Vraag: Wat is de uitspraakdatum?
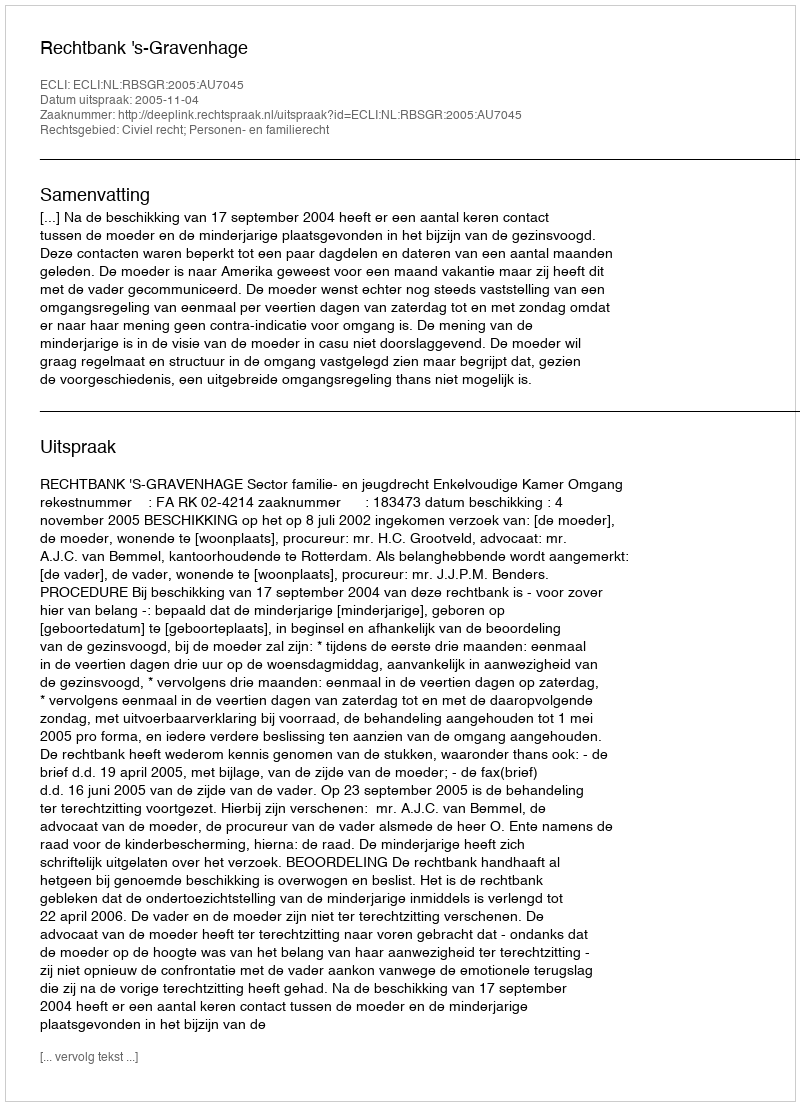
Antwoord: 2005-11-04